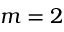
m = 2